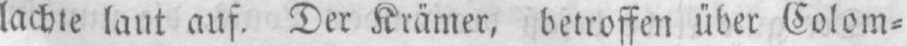
lachte laut auf. Der Krämer, betroffen über Colom⸗